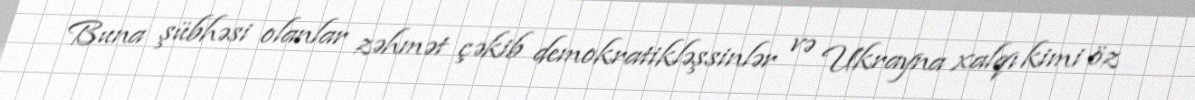
Buna şübhəsi olanlar zəhmət çəkib demokratikləşsinlər və Ukrayna xalqı kimi öz